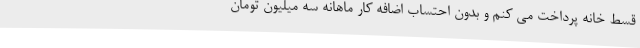
قسط خانه پرداخت می کنم و بدون احتساب اضافه کار ماهانه سه میلیون تومان